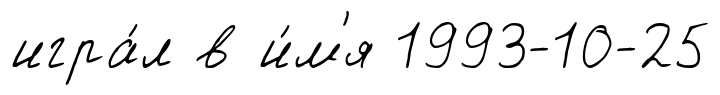
игра́л в и́м'я 1993-10-25